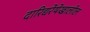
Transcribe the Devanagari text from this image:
दारिद्यरेषेखालील